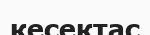
кесектас